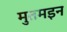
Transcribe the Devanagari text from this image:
मुतमइन